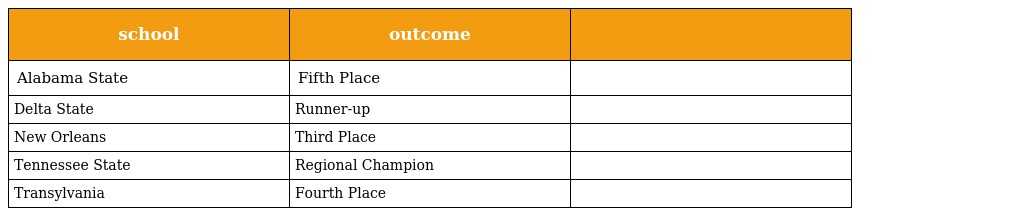
| school | outcome |  |
 | --- | --- | --- |
 | Alabama State | Fifth Place |  |
 | Delta State | Runner-up |  |
 | New Orleans | Third Place |  |
 | Tennessee State | Regional Champion |  |
 | Transylvania | Fourth Place |  |